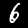
Label: 6